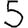
Digit: 5